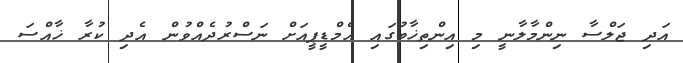
އަދި ޖަލްސާ ނިންމާލާނީ މި އިންތިޚާބުގައި އެމްޑީޕީއަށް ނަސްރުދެއްވުން އެދި ކުރާ ޚާއްސަ